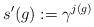
LaTeX: \begin{align*} s'(g) := \gamma^{j(g)}\end{align*}